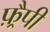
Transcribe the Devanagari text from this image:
फ़्रैपी